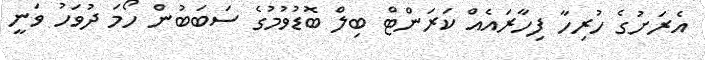
އެރަށުގެ ހުރިހާ ފިހާރައެއް ކަރަންޓް ބިލް ބޮޑުވުމުގެ ސަބަބުން ހޯމަ ދުވަހު ވަނީ